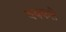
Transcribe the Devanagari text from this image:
थबकले